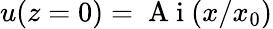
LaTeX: u(z=0)=\mathrm{~A~i~}(x/x_{0})